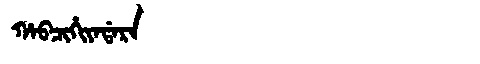
Manchu: ᡥᠠᠪᠴᡳᡥᡳᠶᠠᡩᠠᡵᠠ
Romanization: HABCIHIYADARA